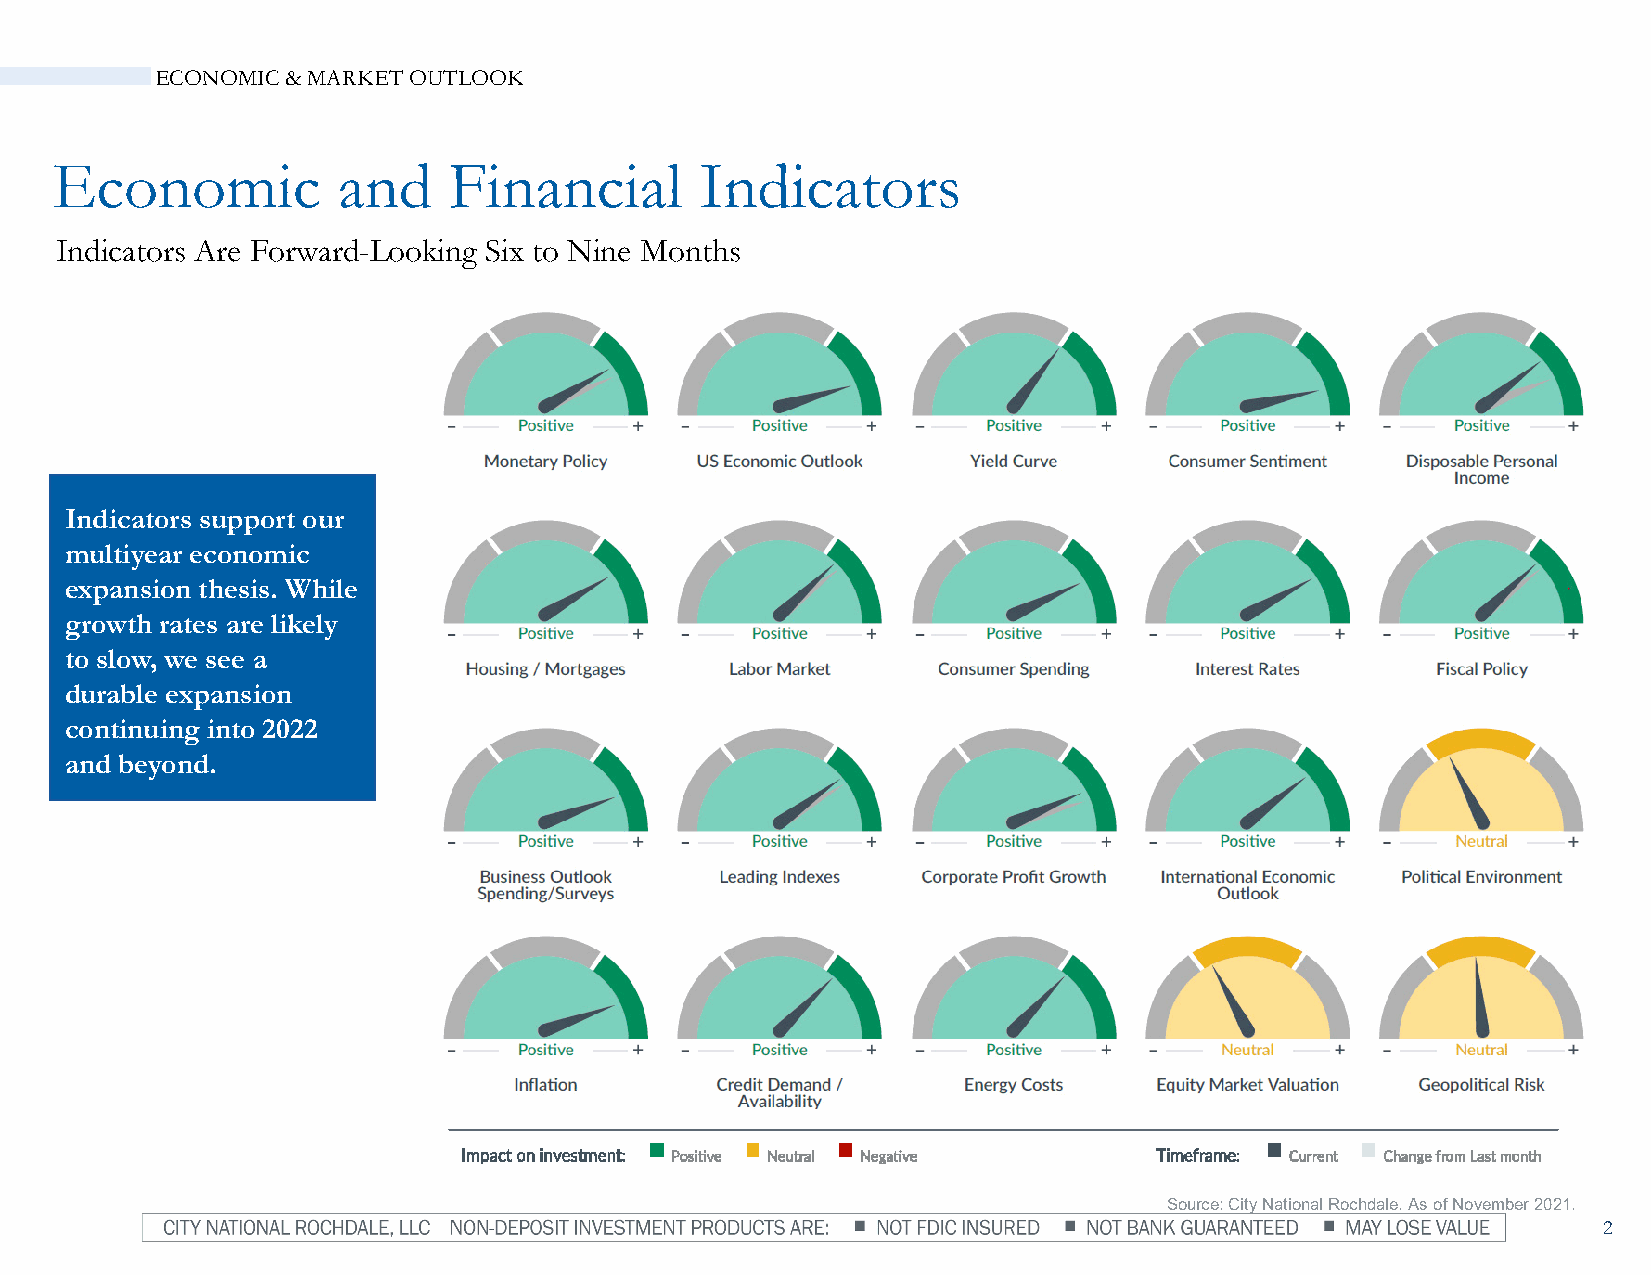
ECONOMIC & MARKET OUTLOOK
 Economic           and     Financial       Indicators
 Indicators Are Forward-Looking Six to Nine Months
 Indicators support our
 multiyear economic
 expansion thesis. While
 growth rates are likely
 to slow, we see a
 durable expansion
 continuing into 2022
 and beyond.
 Source: City National Rochdale. As of November 2021.
 2